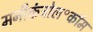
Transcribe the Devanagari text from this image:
मनीकंट्रोल॰कॉम